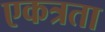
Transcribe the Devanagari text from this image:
एकत्रता